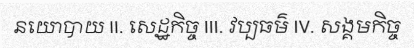
នយោបាយ II. សេដ្ឋកិច្ច III. វប្បធម៌ IV. សង្គមកិច្ច